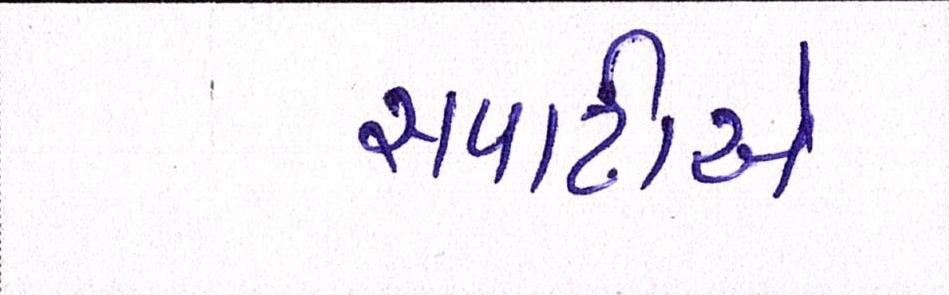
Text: સપાટીએ